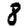
Digit: 8